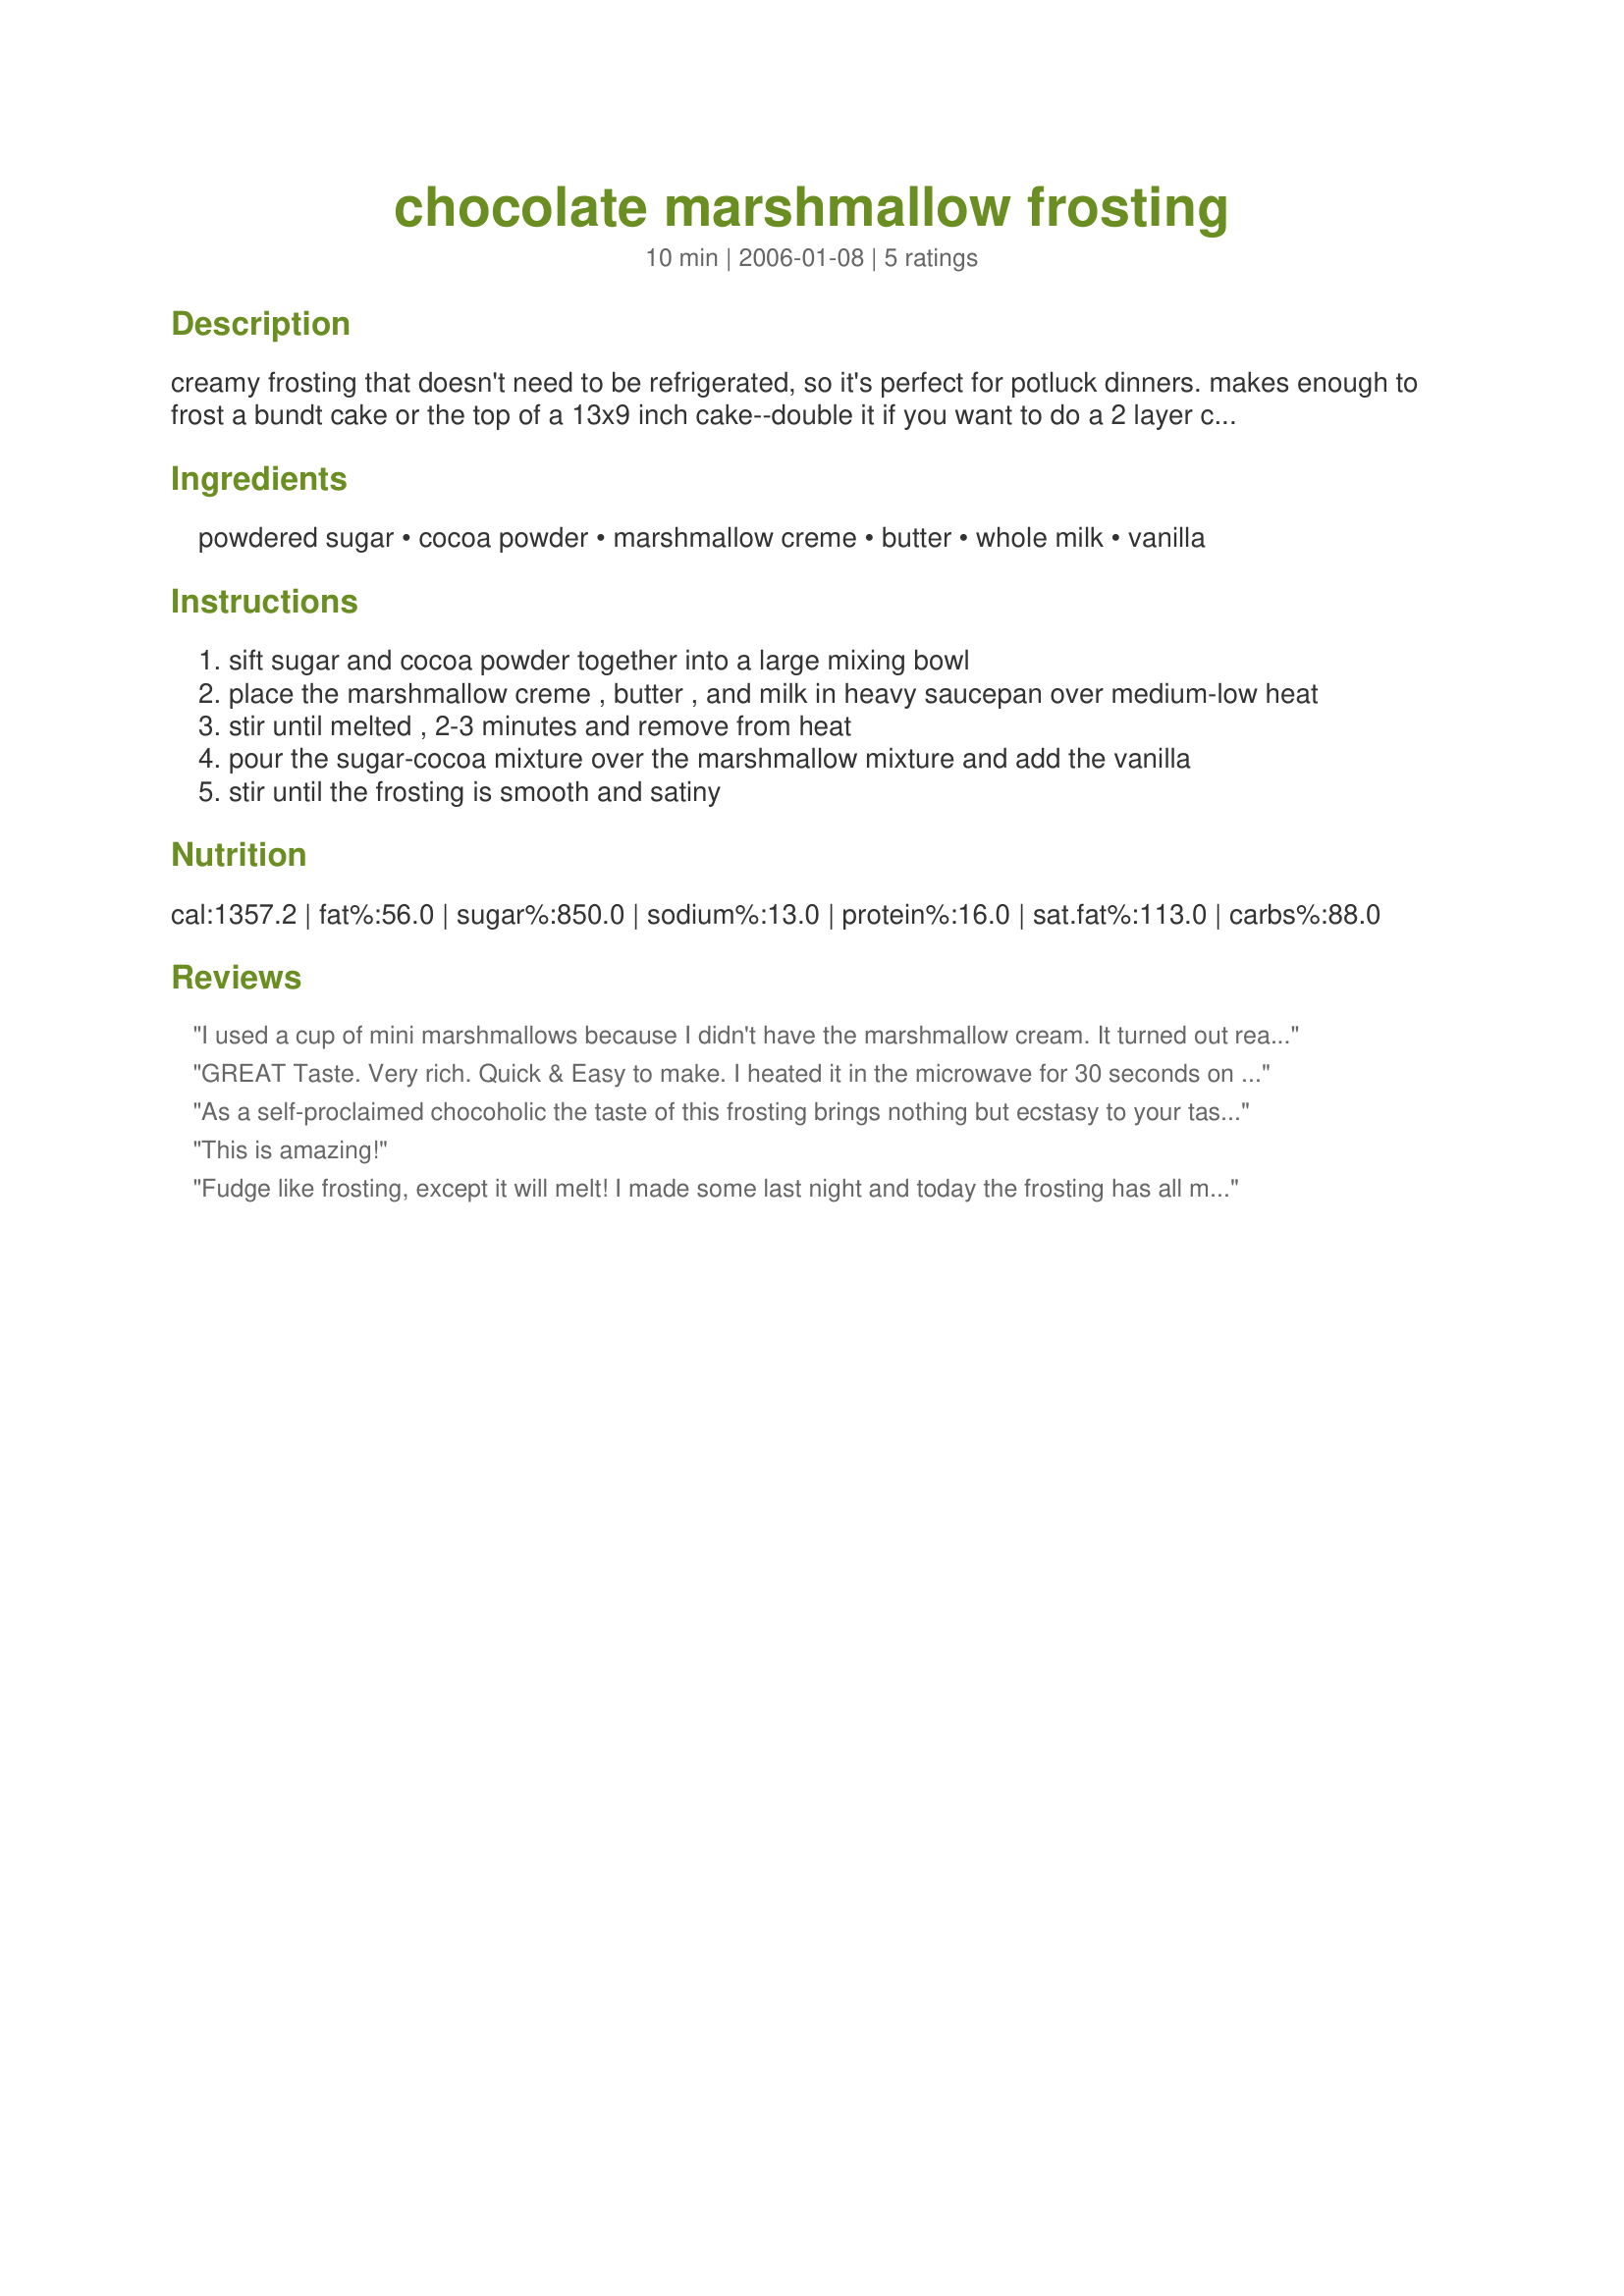
chocolate marshmallow frosting
Preparation time: 10 minutes

creamy frosting that doesn't need to be refrigerated, so it's perfect for potluck dinners. makes enough to frost a bundt cake or the top of a 13x9 inch cake--double it if you want to do a 2 layer cake.

Ingredients:
powdered sugar, cocoa powder, marshmallow creme, butter, whole milk, vanilla

Steps:
sift sugar and cocoa powder together into a large mixing bowl
place the marshmallow creme , butter , and milk in heavy saucepan over medium-low heat
stir until melted , 2-3 minutes and remove from heat
pour the sugar-cocoa mixture over the marshmallow mixture and add the vanilla
stir until the frosting is smooth and satiny

Reviews:
I used a cup of mini marshmallows because I didn't have the marshmallow cream. It turned out really more like a ganache but it was DELICIOUS! I definately will make this recipe again. I just dipped my cupcakes in and swirled- so easy! Got lots of raves from my BBQ.
GREAT Taste. Very rich. Quick & Easy to make. I heated it in the microwave for 30 seconds on and off approx. 3 times. I added 1/2 cup of milk by mistake and it became more like a sauce than a frosting. I waited till I was cutting and serving, then poured it over each piece. Makes great sauce for ice cream too!
As a self-proclaimed chocoholic the taste of this frosting brings nothing but ecstasy to your tastebuds! The amount of chocolate is just perfect, however, I did add a dash more vanilla extract. It was rich, but not in a belt-loosening way (which is great because then you can eat more) and it was creamy just making this absolutely divine! It was also very simple to make - even a novice in the kichen, such as myself, had no troubles. Note: I have a lactose intolerant cousin whom I'm being mindful of; I subbed out the milk for water and the frosting still turns out decadently rich and extremely yummy!
This is amazing!
Fudge like frosting, except it will melt! I made some last night and today the frosting has all melted off. Very good tasting but not very durable
